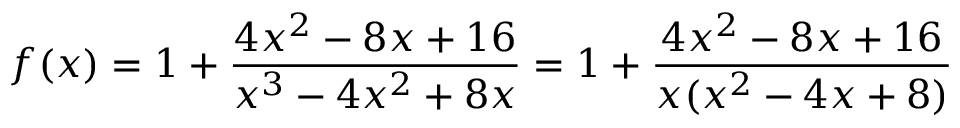
f ( x ) = 1 + { \frac { 4 x ^ { 2 } - 8 x + 1 6 } { x ^ { 3 } - 4 x ^ { 2 } + 8 x } } = 1 + { \frac { 4 x ^ { 2 } - 8 x + 1 6 } { x ( x ^ { 2 } - 4 x + 8 ) } }